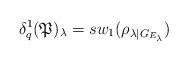
LaTeX: \begin{align*}\delta_q^1(\mathfrak{P})_{\lambda}=sw_1(\rho_{\lambda\mid G_{E_{\lambda}}})\end{align*}